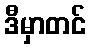
ဒီမှာတင်